Vaccine operations Central Provinces 1886-1899 - 1886-1899
Year: 1886
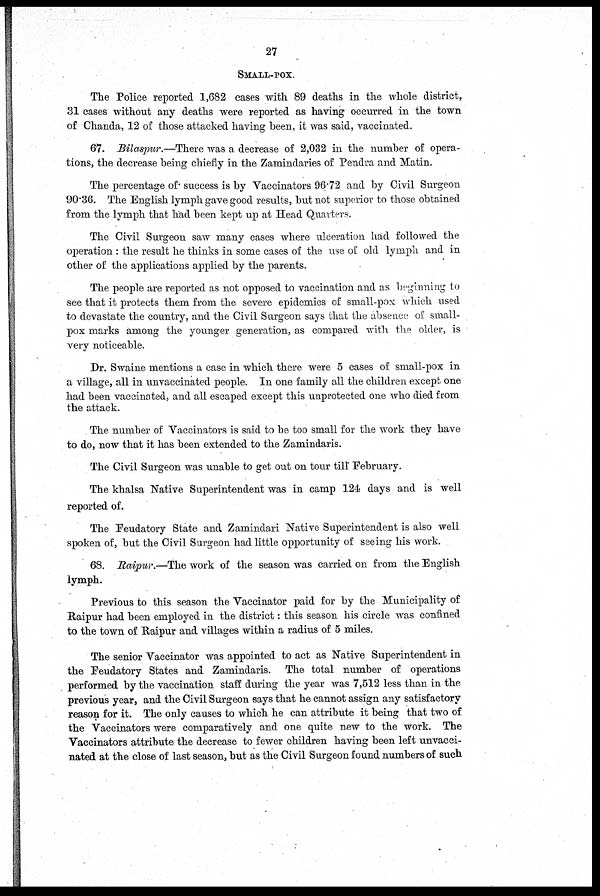
27
SMALL-POX.
The Police reported 1,682 cases with 89 deaths in the whole district,
31 cases without any deaths were reported as having occurred in the town
of Chanda, 12 of those attacked having been, it was said, vaccinated.
67. Bilaspur.—There was a decrease of 2,032 in the number of opera-
tions, the decrease being chiefly in the Zamindaries of Pendra and Matin.
The percentage of success is by Vaccinators 96.72 and by Civil Surgeon
90.36. The English lymph gave good results, but not superior to those obtained
from the lymph that had been kept up at Head Quarters.
The Civil Surgeon saw many cases where ulceration had followed the
operation : the result he thinks in some cases of the use of old lymph and in
other of the applications applied by the parents.
The people are reported as not opposed to vaccination and as beginning to
see that it protects them from the severe epidemics of small-pox which used
to devastate the country, and the Civil Surgeon says that the absence; of small-
pox marks among the younger generation, as compared with the older, is
very noticeable.
Dr. Swaine mentions a case in which there were 5 cases of small-pox in
a village, all in unvaccinated people. In one family all the children except one
had been vaccinated, and all escaped except this unprotected one who died from
the attack.
The number of Vaccinators is said to be too small for the work they have
to do, now that it has been extended to the Zamindaris.
The Civil Surgeon was unable to get out on tour till" February.
The khalsa Native Superintendent was in camp 124 days and is well
reported of.
The Feudatory State and Zamindari Native Superintendent is also well
spoken of, but the Civil Surgeon had little opportunity of seeing his work.
68. Raipur.—The work of the season was carried on from the English
lymph.
Previous to this season the Vaccinator paid for by the Municipality of
Raipur had been employed in the district: this season his circle was confined
to the town of Raipur and villages within a radius of 5 miles.
The senior Vaccinator was appointed to act as Native Superintendent in
the Feudatory States and Zamindaris. The total number of operations
performed by the vaccination staff during the year was 7,512 less than in the
previous year, and the Civil Surgeon says that he cannot assign any satisfactory
reason for it. The only causes to which he can attribute it being that two of
the Vaccinators were comparatively and one quite new to the work. The
Vaccinators attribute the decrease to fewer children having been left unvacci-
nated at the close of last season, but as the Civil Surgeon found numbers of such